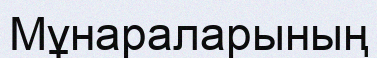
Мұнараларының